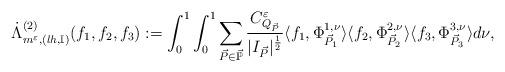
LaTeX: \begin{align*} \dot{\Lambda}^{(2)}_{m^{\varepsilon},(lh,\mathbb{I})}(f_{1},f_{2},f_{3}):=\int_{0}^{1}\int_{0}^{1}\sum_{\vec{P}\in\vec{\mathbb{P}}} \frac{C^{\varepsilon}_{Q_{\vec{P}}}}{|I_{\vec{P}}|^{\frac{1}{2}}} \langle f_{1},\Phi^{1,\nu}_{\vec{P}_{1}}\rangle\langle f_{2},\Phi^{2,\nu}_{\vec{P}_{2}}\rangle \langle f_{3},\Phi^{3,\nu}_{\vec{P}_{3}}\rangle d\nu,\end{align*}